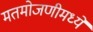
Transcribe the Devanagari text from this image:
मतमोजणीमध्ये